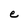
Character: e